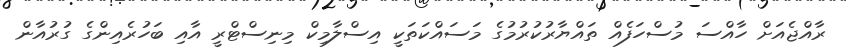
ރާއްޖެއަށް ހާއްސަ މުސްހަފެއް ތައްޔާރުކުރުމުގެ މަސައްކަތަކީ އިސްލާމިކް މިނިސްޓްރީ އާއި ބަހުރެއިންގެ ގުރުއާން